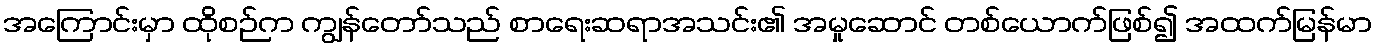
အကြောင်းမှာ ထိုစဉ်က ကျွန်တော်သည် စာရေးဆရာအသင်း၏ အမှုဆောင် တစ်ယောက်ဖြစ်၍ အထက်မြန်မာ